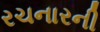
રચનારની